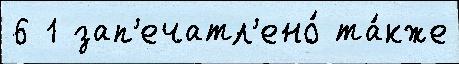
6 1 зап'ечатл'ено́ та́кже